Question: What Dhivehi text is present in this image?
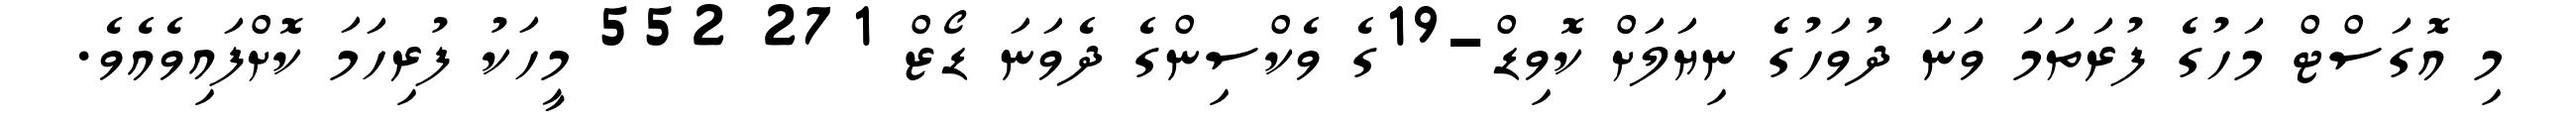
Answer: މި އޮގަސްޓް މަހުގެ ފުރަތަމަ ވަނަ ދުވަހުގެ ނިޔަލަށް ކޮވިޑް-19ގެ ވެކްސިންގެ ދެވަނަ ޑޯޒް 271 552 މީހަކު ފުރިހަމަ ކޮށްފައިވެއެވެ.